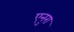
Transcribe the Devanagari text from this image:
एनुरा